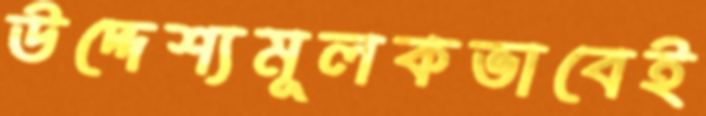
উদ্দেশ্যমূলকভাবেই